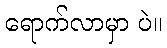
ရောက်လာမှာ ပဲ။